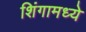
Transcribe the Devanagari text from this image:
शिंगामध्ये